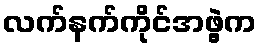
လက်နက်ကိုင်အဖွဲ့က